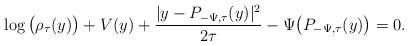
LaTeX: \begin{align*}\log\big(\rho_{\tau}(y)\big)+V(y)+\frac{| y-P_{-\Psi,\tau}(y)|^{2}}{2\tau}-\Psi\big(P_{-\Psi,\tau}(y)\big)=0.\end{align*}